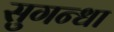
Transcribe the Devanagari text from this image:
सुगन्धा